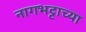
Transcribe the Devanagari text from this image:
नागभट्टाच्या